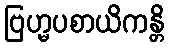
ဗြဟ္မပစာယိကန္တိ